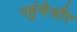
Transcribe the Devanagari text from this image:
पहुंचेऔर